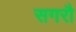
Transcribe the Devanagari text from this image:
सगरौ